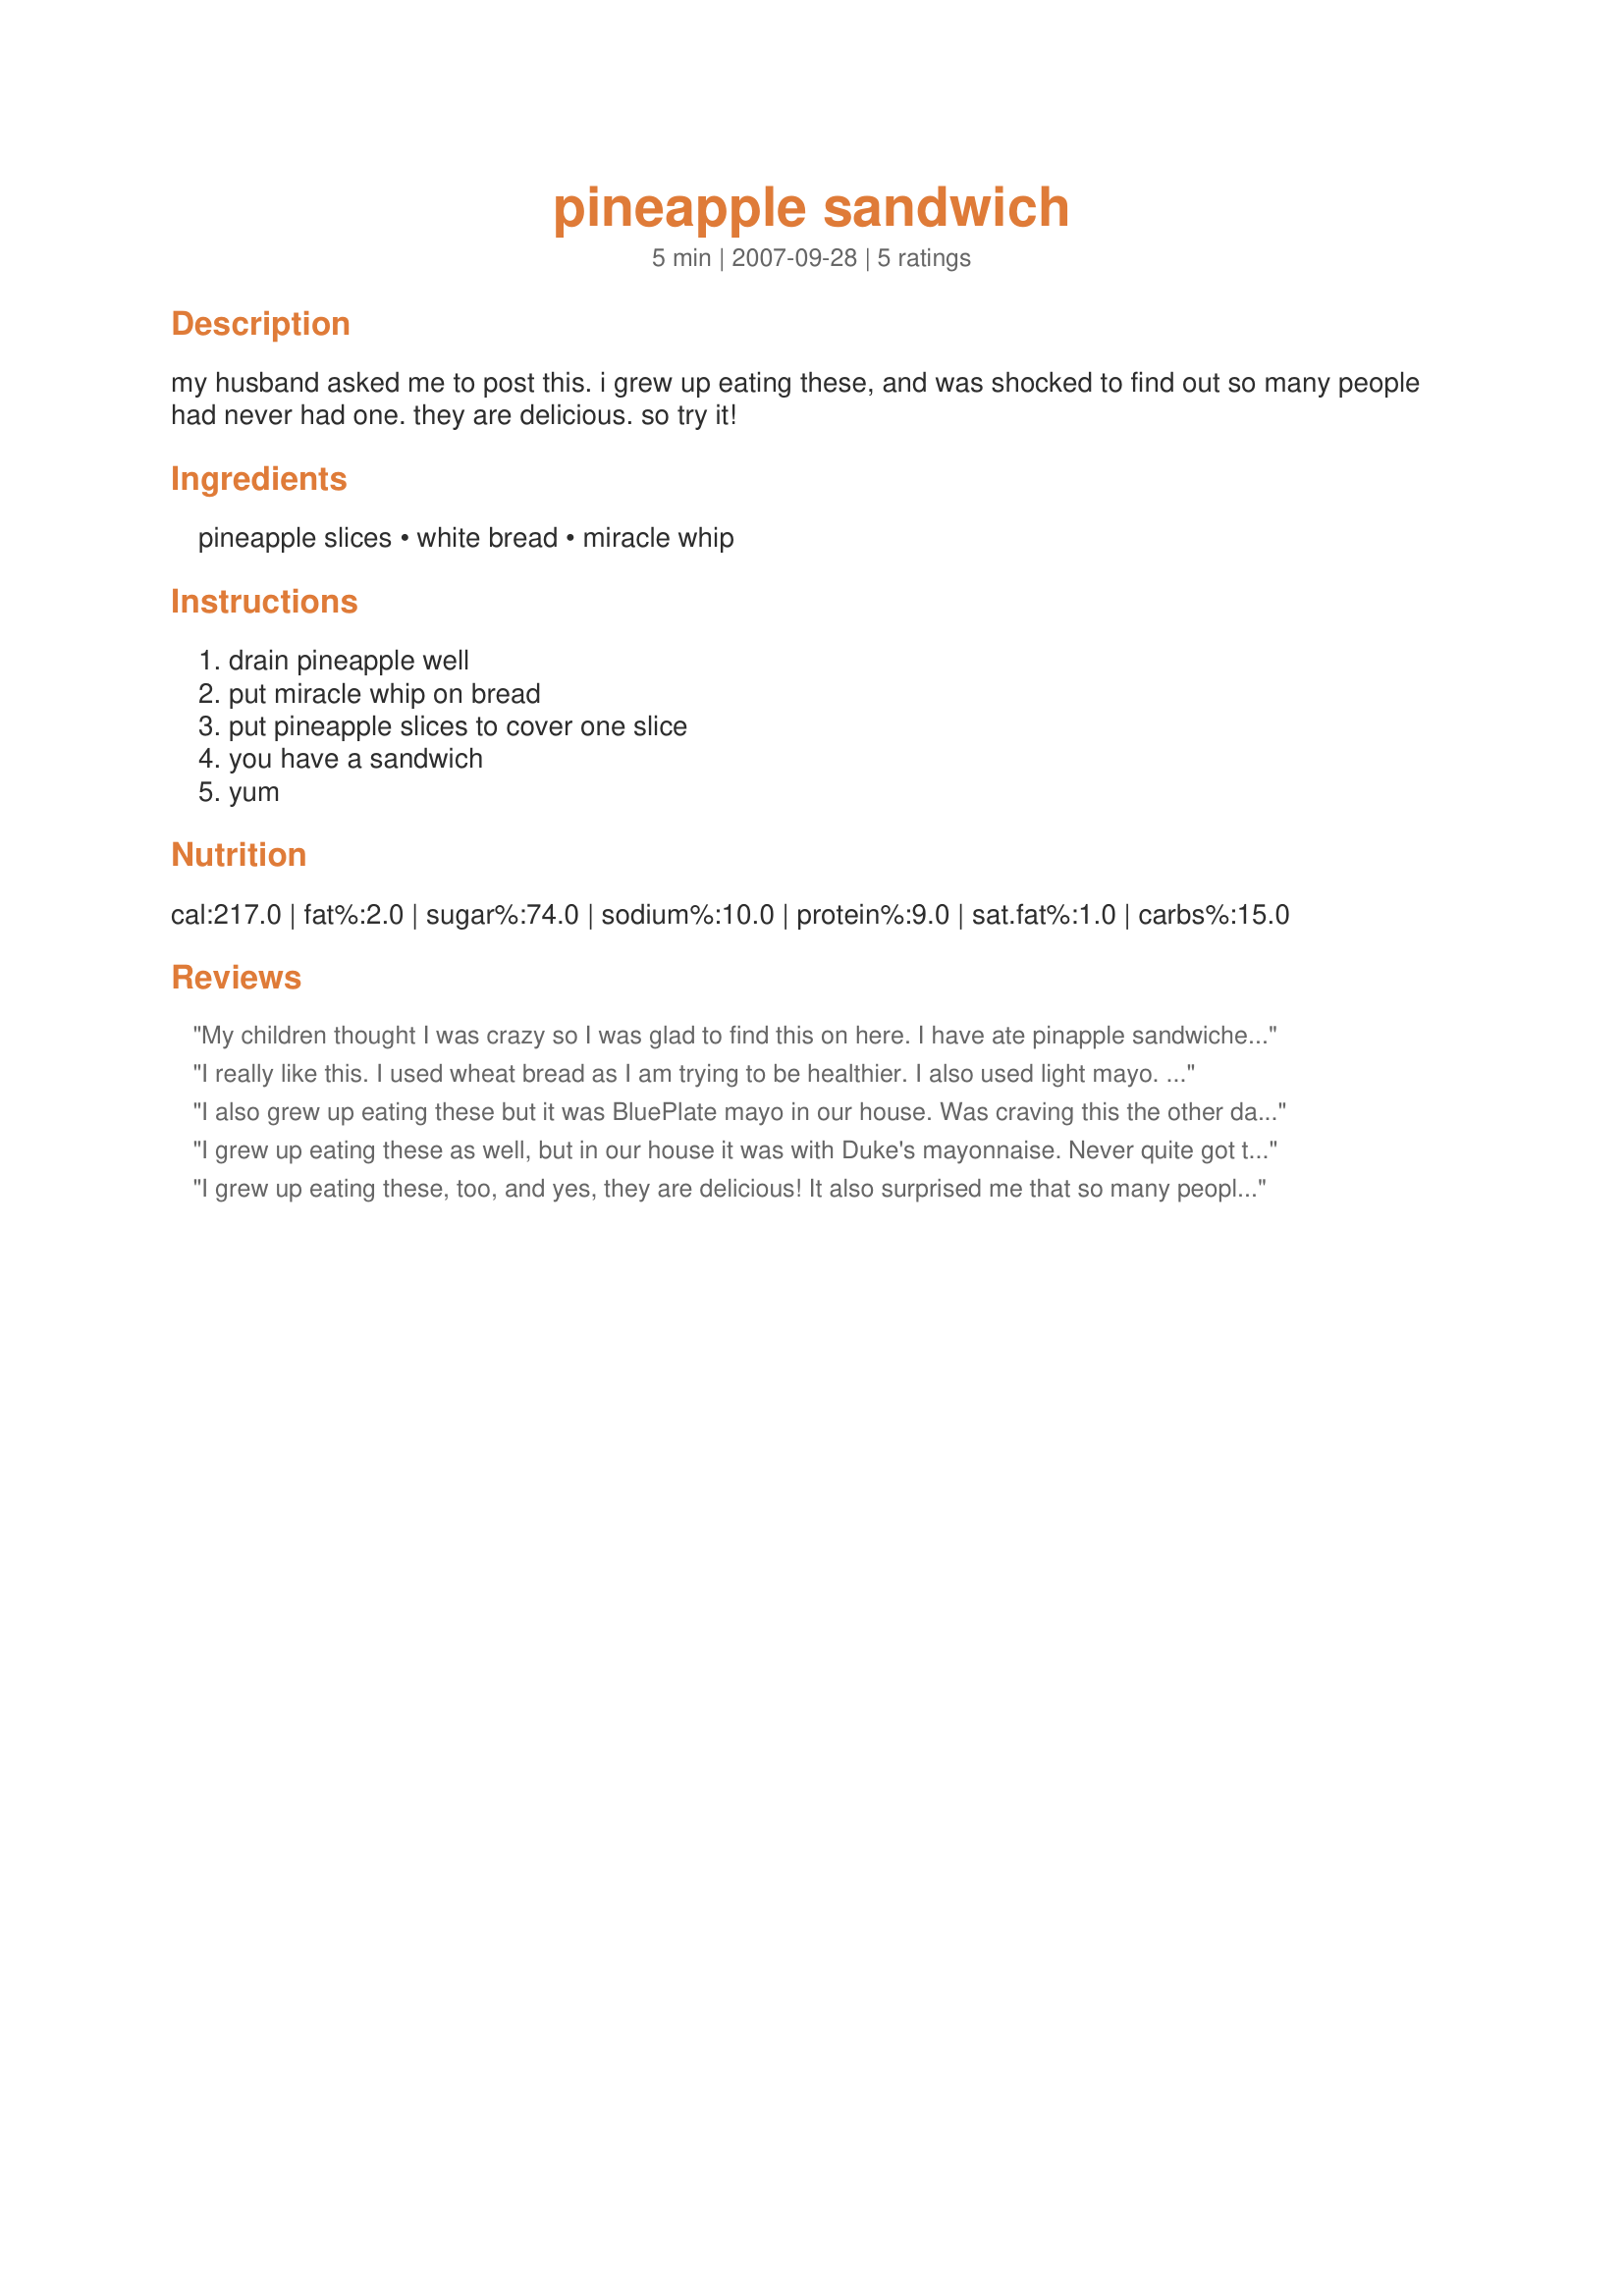
pineapple sandwich
Preparation time: 5 minutes

my husband asked me to post this. i grew up eating these, and was shocked to find out so many people had never had one. they are delicious. so try it!

Ingredients:
pineapple slices, white bread, miracle whip

Steps:
drain pineapple well, put miracle whip on bread, put pineapple slices to cover one slice, you have a sandwich, yum

Reviews:
My children thought I was crazy so I was glad to find this on here. I have ate pinapple sandwiches and banana sanwiches all my life..only we used Bama Mayo. They are delicious!!
I really like this. I used wheat bread as I am trying to be healthier. I also used light mayo. This was very yummy. I wonder how it would tast grilled? I may have to try that. I am now alternating between this and apple cream dream sandwich (also on zaar). These are both yummy vegetarian lunches.
I also grew up eating these but it was BluePlate mayo in our house. Was craving this the other day, glad to see it posted.
I grew up eating these as well, but in our house it was with Duke's mayonnaise. Never quite got the hang of Miracle Whip! Still eat them (with mayo) and still love them. Thanks BamaKathy!
I grew up eating these, too, and yes, they are delicious! It also surprised me that so many people had never heard of a banana sandwich! When I was in grammar school, many of the kids who wintered in our area with their parents found both of these sandwiches to be a novelty! BTW - A banana sandwich is made the same way (although some people (Elvis, for instance) add peanut butter on the bread! LOL Thanks for posting!
